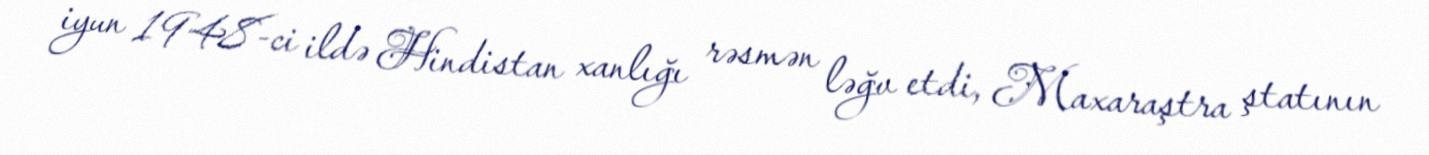
iyun 1948-ci ildə Hindistan xanlığı rəsmən ləğv etdi, Maxaraştra ştatının